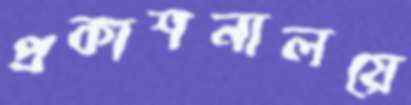
প্রকাশনালয়ে